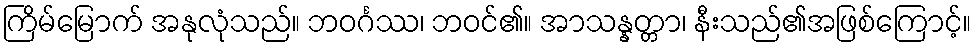
ကြိမ်မြောက် အနုလုံသည်။ ဘဝင်္ဂဿ၊ ဘဝင်၏။ အာသန္နတ္တာ၊ နီးသည်၏အဖြစ်ကြောင့်။